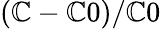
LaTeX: (\mathbb{C}-\mathbb{C}0)/\mathbb{C}0